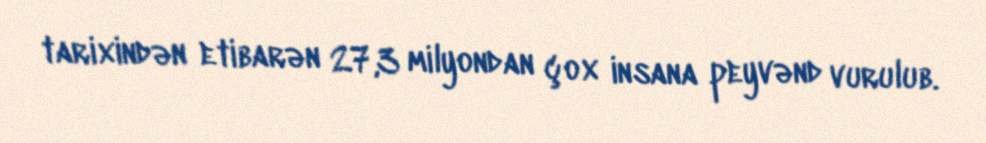
tarixindən etibarən 27,3 milyondan çox insana peyvənd vurulub.